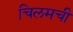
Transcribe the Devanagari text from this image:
चिलमची